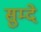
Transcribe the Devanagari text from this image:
सुम्दे